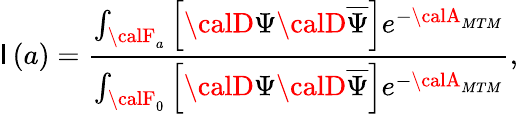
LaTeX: \mathsf{I}\left(a\right)=\frac{{\int_{{\calF}_{a}}\left[{\calD}\Psi{\calD}\overline{{{{\Psi}}}}\right]e^{-{\calA}_{MTM}}}}{{\int_{{\calF}_{0}}\left[{\calD}\Psi{\calD}\overline{{{{\Psi}}}}\right]e^{-{\calA}_{MTM}}}},